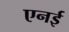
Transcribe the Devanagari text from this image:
एनई